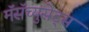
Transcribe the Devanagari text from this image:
मॅसॅच्युसेट्‌स